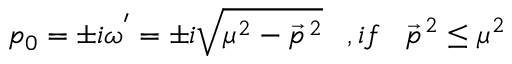
p _ { 0 } = \pm i { \omega } ^ { ' } = \pm i \sqrt { { \mu } ^ { 2 } - { \vec { p } } ^ { \, 2 } } \; \; \; , i f \; \; \; { \vec { p } } ^ { \, 2 } \leq { \mu } ^ { 2 }